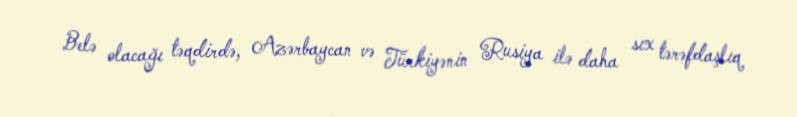
Belə olacağı təqdirdə, Azərbaycan və Türkiyənin Rusiya ilə daha sıx tərəfdaşlıq